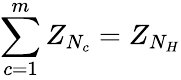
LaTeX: \sum_{c=1}^{m}Z_{N_{c}}=Z_{N_{H}}